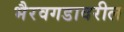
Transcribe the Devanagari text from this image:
भैरवगडावरील